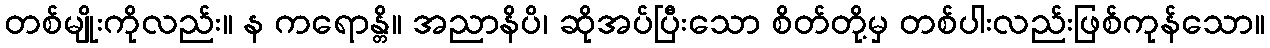
တစ်မျိုးကိုလည်း။ န ကရောန္တိ။ အညာနိပိ၊ ဆိုအပ်ပြီးသော စိတ်တို့မှ တစ်ပါးလည်းဖြစ်ကုန်သော။